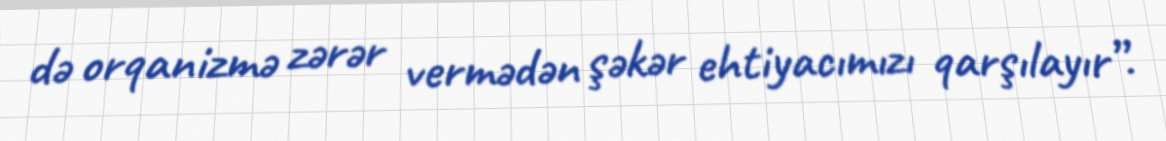
də orqanizmə zərər vermədən şəkər ehtiyacımızı qarşılayır”.